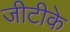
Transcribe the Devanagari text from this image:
जीटीके